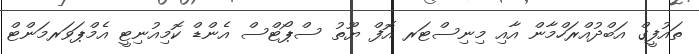
ތައުފީގް އަބްދުއްރަހްމާން އާއި މިނިސްޓަރ އޮފް ޔޫތު ސްޕޯޓްސް އެންޑް ކޮމިއުނިޓީ އެމްޕަވަރމަންޓް